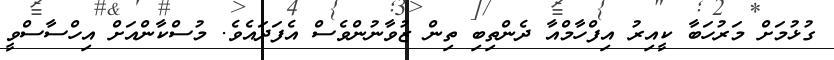
ގުޅުމަށް މަރުހަބާ ކީއިރު އިފްހާމްއާ ދެންތިބި ތިން ޒުވާނުންވެސް އެފަދައެވެ. މުސްކާންއަށް އިހްސާސްވީ